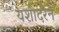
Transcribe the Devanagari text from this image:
यशोदरेने